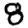
Digit: 8